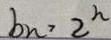
b _ { n } > 2 ^ { n }